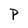
Character: P